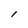
Character: l